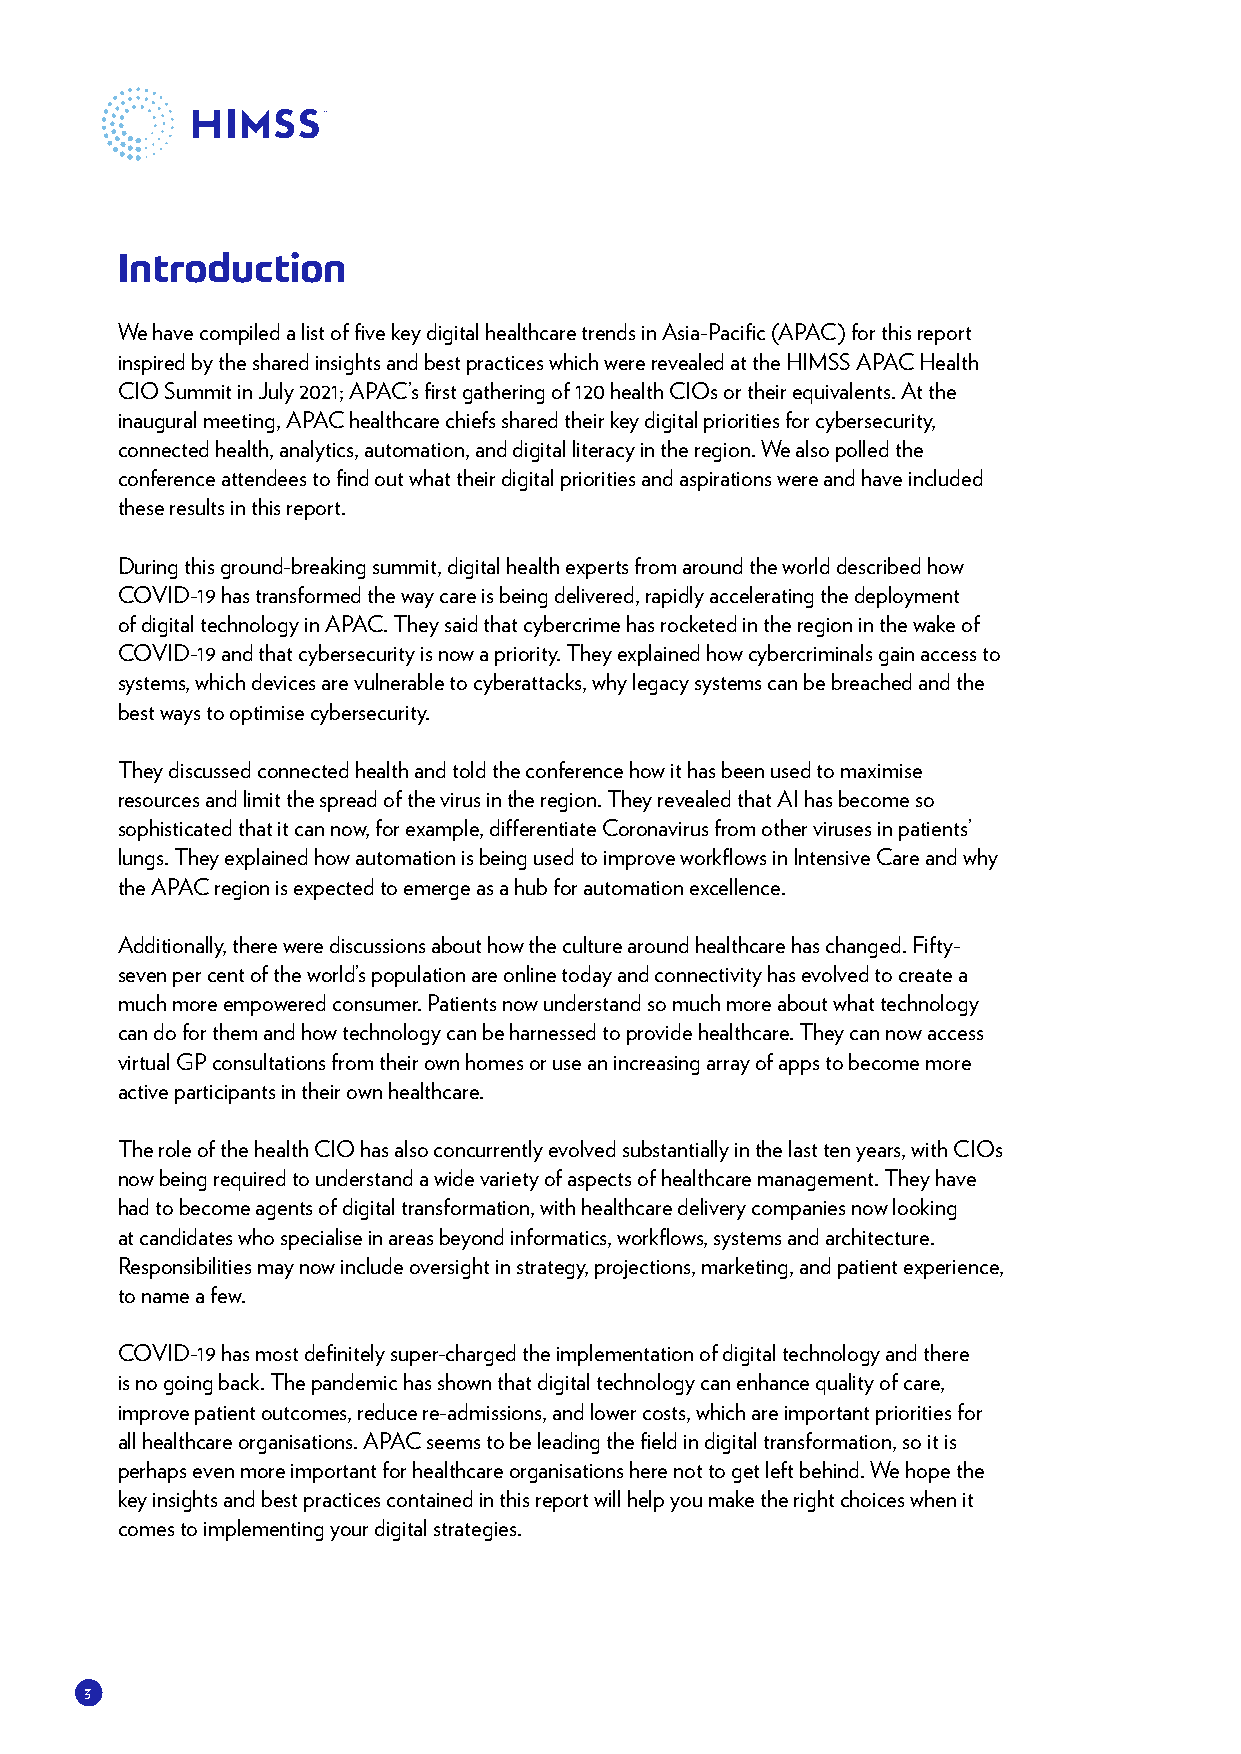
Introduction
 We have compiled a list of five key digital healthcare trends in Asia-Pacific (APAC) for this report
 inspired by the shared insights and best practices which were revealed at the HIMSS APAC Health
 CIO Summit in July 2021; APAC’s first gathering of 120 health CIOs or their equivalents. At the
 inaugural meeting, APAC healthcare chiefs shared their key digital priorities for cybersecurity,
 connected health, analytics, automation, and digital literacy in the region. We also polled the
 conference attendees to find out what their digital priorities and aspirations were and have included
 these results in this report.
 During this ground-breaking summit, digital health experts from around the world described how
 COVID-19 has transformed the way care is being delivered, rapidly accelerating the deployment
 of digital technology in APAC. They said that cybercrime has rocketed in the region in the wake of
 COVID-19 and that cybersecurity is now a priority. They explained how cybercriminals gain access to
 systems, which devices are vulnerable to cyberattacks, why legacy systems can be breached and the
 best ways to optimise cybersecurity.
 They discussed connected health and told the conference how it has been used to maximise
 resources and limit the spread of the virus in the region. They revealed that AI has become so
 sophisticated that it can now, for example, differentiate Coronavirus from other viruses in patients’
 lungs. They explained how automation is being used to improve workflows in Intensive Care and why
 the APAC region is expected to emerge as a hub for automation excellence.
 Additionally, there were discussions about how the culture around healthcare has changed. Fifty-
 seven per cent of the world’s population are online today and connectivity has evolved to create a
 much more empowered consumer. Patients now understand so much more about what technology
 can do for them and how technology can be harnessed to provide healthcare. They can now access
 virtual GP consultations from their own homes or use an increasing array of apps to become more
 active participants in their own healthcare.
 The role of the health CIO has also concurrently evolved substantially in the last ten years, with CIOs
 now being required to understand a wide variety of aspects of healthcare management. They have
 had to become agents of digital transformation, with healthcare delivery companies now looking
 at candidates who specialise in areas beyond informatics, workflows, systems and architecture.
 Responsibilities may now include oversight in strategy, projections, marketing, and patient experience,
 to name a few.
 COVID-19 has most definitely super-charged the implementation of digital technology and there
 is no going back. The pandemic has shown that digital technology can enhance quality of care,
 improve patient outcomes, reduce re-admissions, and lower costs, which are important priorities for
 all healthcare organisations. APAC seems to be leading the field in digital transformation, so it is
 perhaps even more important for healthcare organisations here not to get left behind. We hope the
 key insights and best practices contained in this report will help you make the right choices when it
 comes to implementing your digital strategies.
 3